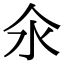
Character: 氽